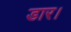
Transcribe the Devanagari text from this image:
डार।